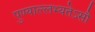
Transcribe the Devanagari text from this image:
पुण्याल्लभ्यतेऽसौ